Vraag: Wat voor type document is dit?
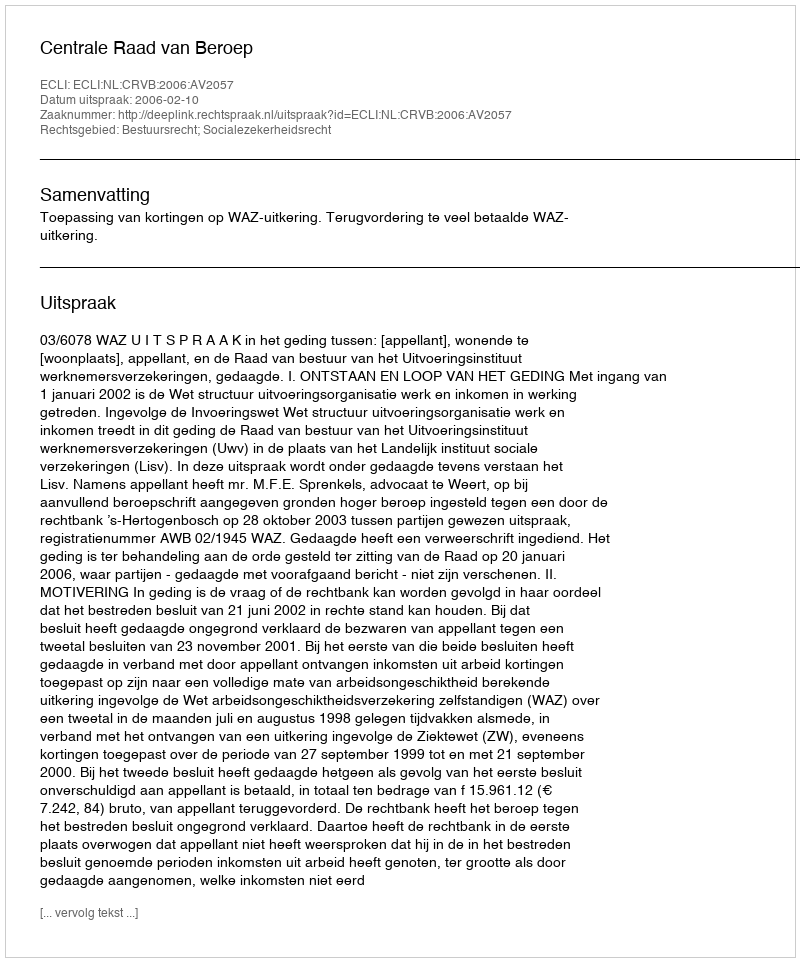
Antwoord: Uitspraak